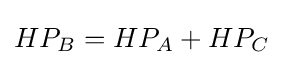
HP_{B}=HP_{A}+HP_{C}